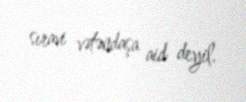
sıravi vətəndaşa aid deyil.